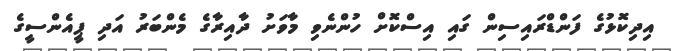
އިދިކޮޅުގެ ފަންޑްރައިސިން ގައި އިސްކޮށް ހުންނެވި މާވަށު ދާއިރާގެ މެންބަރު އަދި ޕީއެންސީގެ